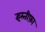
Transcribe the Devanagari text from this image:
इस्‍तीफ़ा